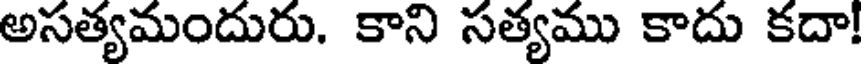
అసత్యమందురు. కాని సత్యము కాదు కదా!